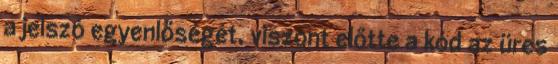
a jelszó egyenlőségét, viszont előtte a kód az üres